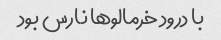
با درود خرمالوها نارس بود